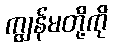
ကျွန်မတို့ကို